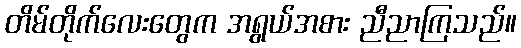
တိမ်တိုက်လေးတွေက အရွယ်အစား ညီညာကြသည်။